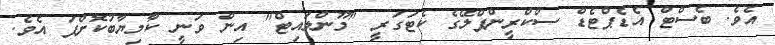
އެވެ. ބެސްޓް އެޑެޕްޓެޑް ސްކްރީންޕްލޭގެ ކެޓަގަރީ "މޫންލައިޓް" އިން ވަނީ ކާމިޔާބުކޮށްފަ އެވެ.